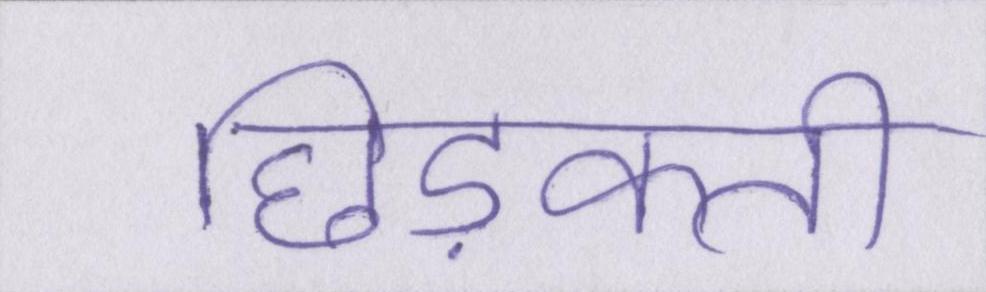
छिड़कती